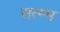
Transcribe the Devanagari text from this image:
सत्म्भ